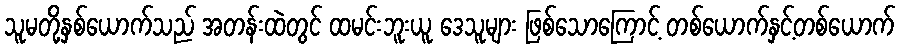
သူမတို့နှစ်ယောက်သည် အတန်းထဲတွင် ထမင်းဘူးယူ ဒေသူများ ဖြစ်သောကြောင့် တစ်ယောက်နှင့်တစ်ယောက်